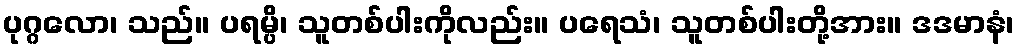
ပုဂ္ဂလော၊ သည်။ ပရမ္ပိ၊ သူတစ်ပါးကိုလည်း။ ပရေသံ၊ သူတစ်ပါးတို့အား။ ဒဒမာနံ၊